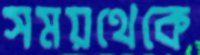
সময়থেকে